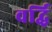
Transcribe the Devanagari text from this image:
वर्द्धि